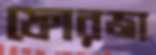
ফোরজা